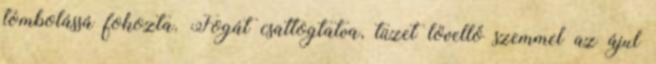
tombolássá fokozta. Fogát csattogtatva, tüzet lövellő szemmel az ájul